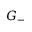
G _ { - }